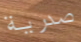
صدرية